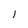
Character: l